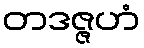
တဒဇ္ဇဟံ